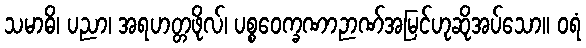
သမာဓိ၊ ပညာ၊ အရဟတ္တဖိုလ်၊ ပစ္စဝေက္ခဏာဉာဏ်အမြင်ဟုဆိုအပ်သော။ ဝရံ